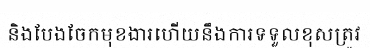
និងបែងចែកមុខងារហើយនឹងការទទួលខុសត្រូវ